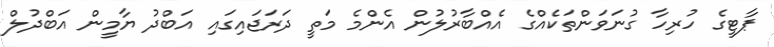
ޕާޓީގެ ހުރިހާ ގުނަވަންތަކެއްގެ އެއްބާރުލުން އެންމެ މަތީ ދަރަޖައިގައި އަބްދު ޔާމީން އަބްދުލް